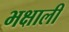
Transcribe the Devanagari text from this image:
भक्षाली